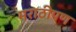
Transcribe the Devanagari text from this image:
मराठीपण